Statistical return of the lunatic asylum in Assam - 1912-1932
Year: 1912
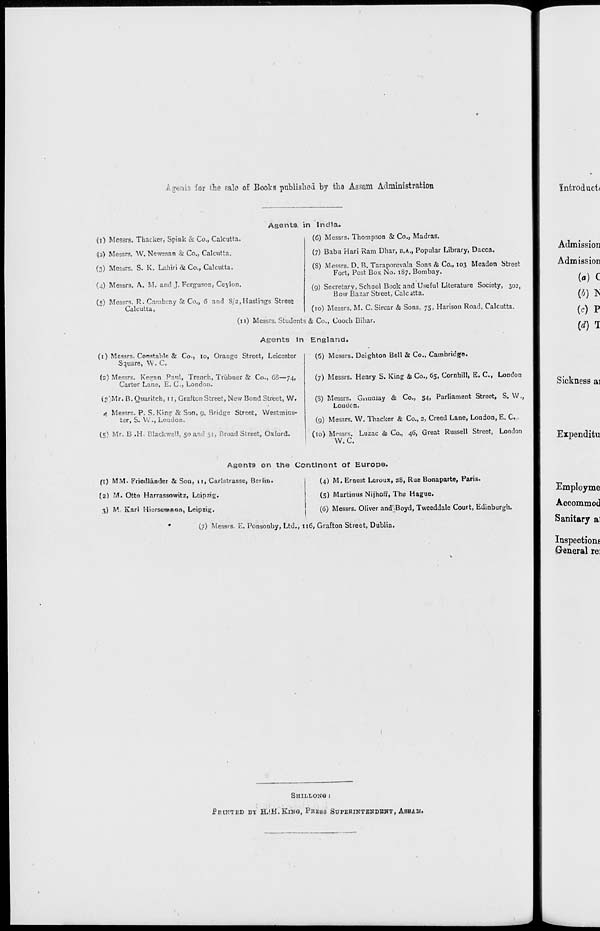
for the ealo of Books published by tho Assam Administration
{i) Messrs. Thacker, Spink & Co., Calcutta.
<2) Messrs. W. Newman & Co., Calcutta.
(3) Messrs. S. K. Lahiri & Co., Calcutta.
(4) Messrs. A. M. and J. Ferguson, Ceylon.
Agents, in India.
(6) Messrs. Thompson & Co., Madras.
(7) Babii Hari Ram Dhar, B.A., Popular Library, Dacca.
(S) Messrs. D. R. Taraporcvala Sons & Co., 103 Meadon Street
Fort, Post Box No. 187. Bombay.
(5) Messrs. R. Cambray & Co., 6 and 8/2,Hastings Street
Calcutta,
(9) Secretary, School Book and Useful Literature Society, 302,
Bow Bazar Street, Calcutta.
(i) Messrs. Constable & Co., lo, Orange Street, Leicester
Square, VV• C.
(2) Messrs. Keeran Paul, Trench, Trubner & Co., 6S—74,
Carter Lane, E. C> London.
(S)Mr. B. Quaritch, II, Grafton Street, New Bond Street, W.
tf Messrs. P. S. Kin? & Son, 9, Bridge Street, Westmins-
ter, S. Vv'., London.
(5) Mr. B .H. Blackwell, 50 and 51, Broad Street, Oxford.
(10) Messrs. M. C. Sircar & Sons, 75, Harison Road, Calcutta.
(11) Messrs. Students & Co., Cooch Bihar.
Agents In England*
(6) Messrs. Deighton Bell Si Co., Cambridge.
(7) Messrs. Henry S. King & Co., 65, Cornhill, E. C, London
(S) Messrs. Gnnuiay & Co., 54, Parliament Street, S. W.,
London.
(9) Messrs. W. Thacker & Co., 2, Creed Lane, London, E. C.
(10) Messrs. Luzac & Co., 46, Great Russell Street, London
W. C.
Agents on the Continent of Europe.
ft) MM. Friedlander & Son, II, Carlstrasse, Berlin.
(2) M. Otto Harrassowitz, Leipzig.
3) M Karl Hiersereaon, Leipzig.
(4) M. Ernest Leroux, 28, Rue Bonaparte, Paris.
(5) Martinus Nijhoff, The Hague.
(6) Messrs. Oliver and'Boyd, Tweeddale Court, Edinburgh.
(7) Messrs. E. Ponsonby, Ltd., 116, Grafton Street, Dublin.
SHIXLONG :
PlUNTED BT H.lH.KlNO, PRESS SUPERINTENDENT, ASBAMi